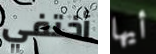
أختفي أيها